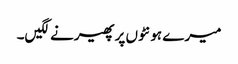
میرے ہونٹوں پر پھیرنے لگیں۔